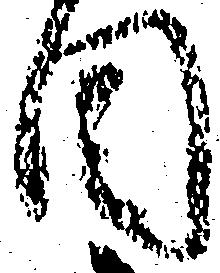
目